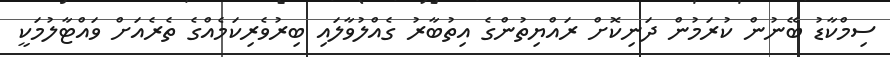
ސިމްކާޑު ބޭނުން ކުރަމުން ދަނިކޮށް ރައްޔިތުންގެ އިތުބާރު ގެއްލުވާލައި ބިރުވެރިކަމެއްގެ ތެރެއަށް ވައްޓާލުމަކީ